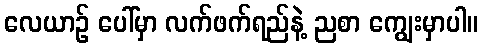
လေယာဉ် ပေါ်မှာ လက်ဖက်ရည်နဲ့ ညစာ ကျွေးမှာပါ။